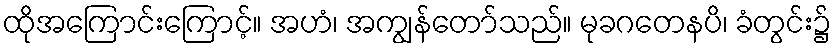
ထိုအကြောင်းကြောင့်။ အဟံ၊ အကျွန်တော်သည်။ မုခဂတေနပိ၊ ခံတွင်း၌